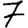
Digit: 7